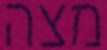
מצה